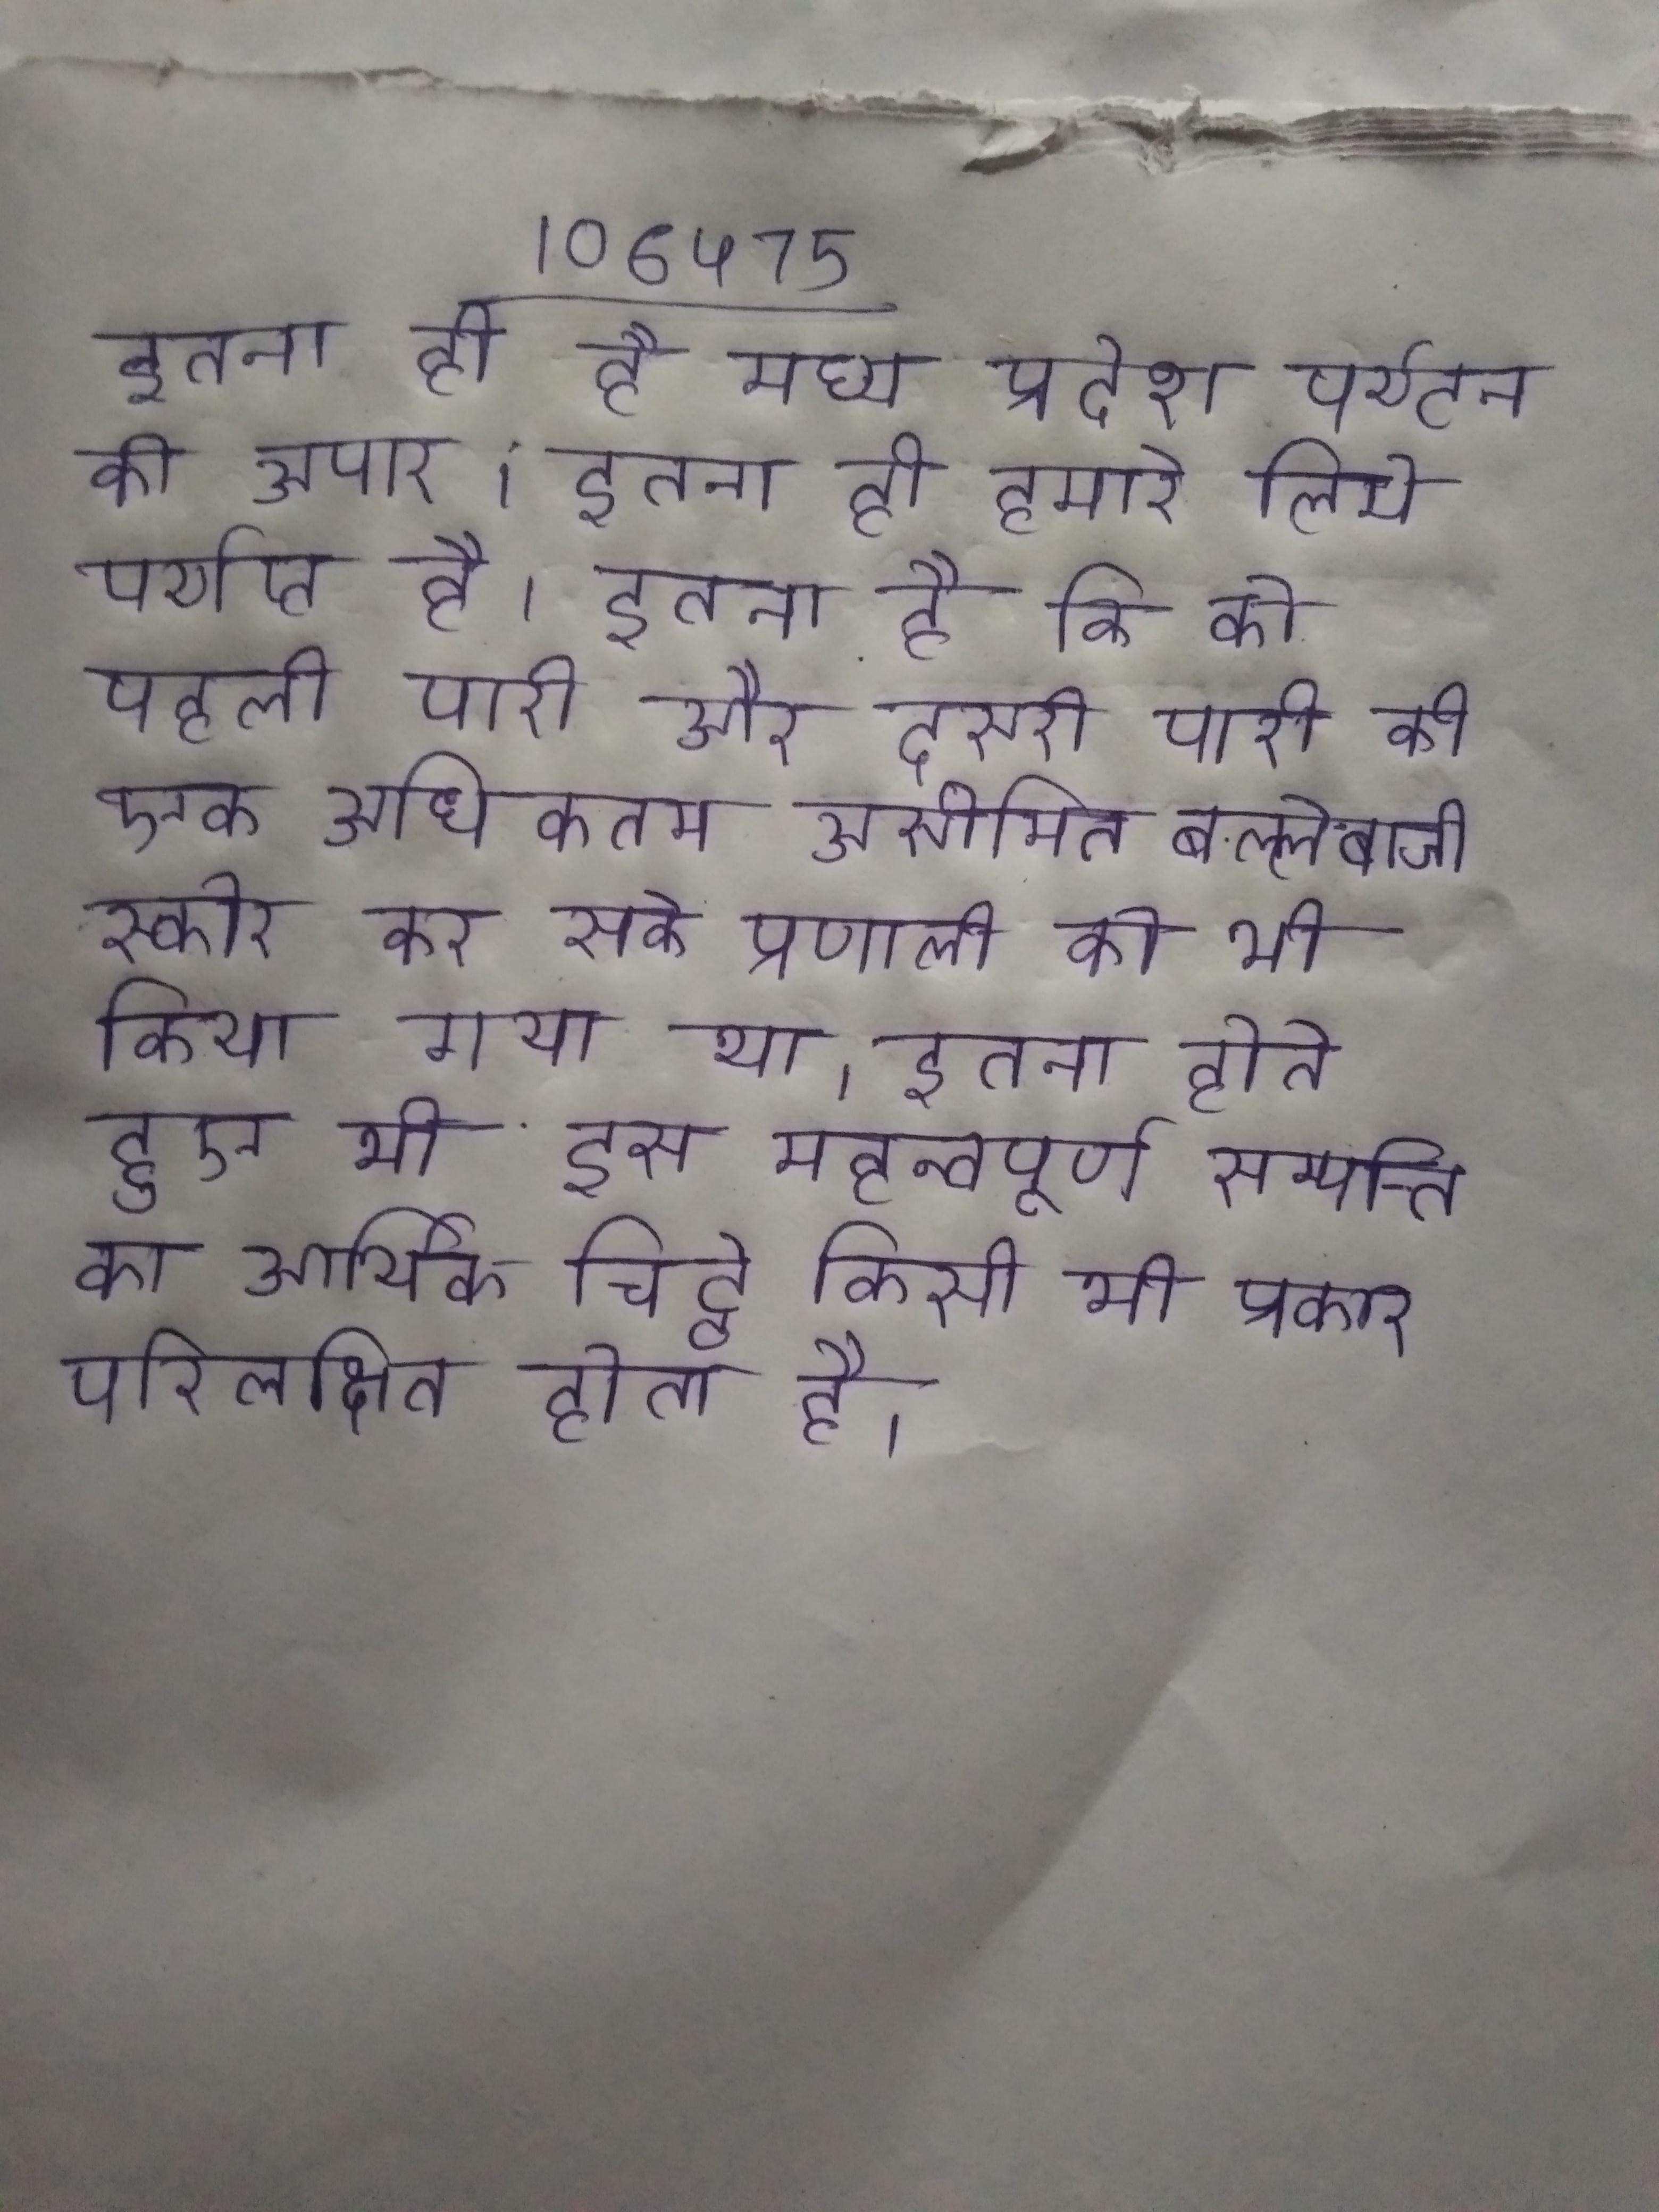
इतना ही है मध्य प्रदेश पर्यटन की अपार । इतना ही हमारे लिये पर्याप्त है । इतना है कि को पहली पारी और दूसरी पारी की एक अधिकतम असीमित बल्लेबाजी स्कोर कर सके प्रणाली को भी किया गया था । इतना होते हुए भी इस महत्वपूर्ण सम्पत्ति का आर्थिक चिट्ठे किसी भी प्रकार परिलक्षित होता है ।